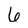
Character: 6